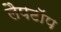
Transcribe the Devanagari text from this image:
लैपटाॅप